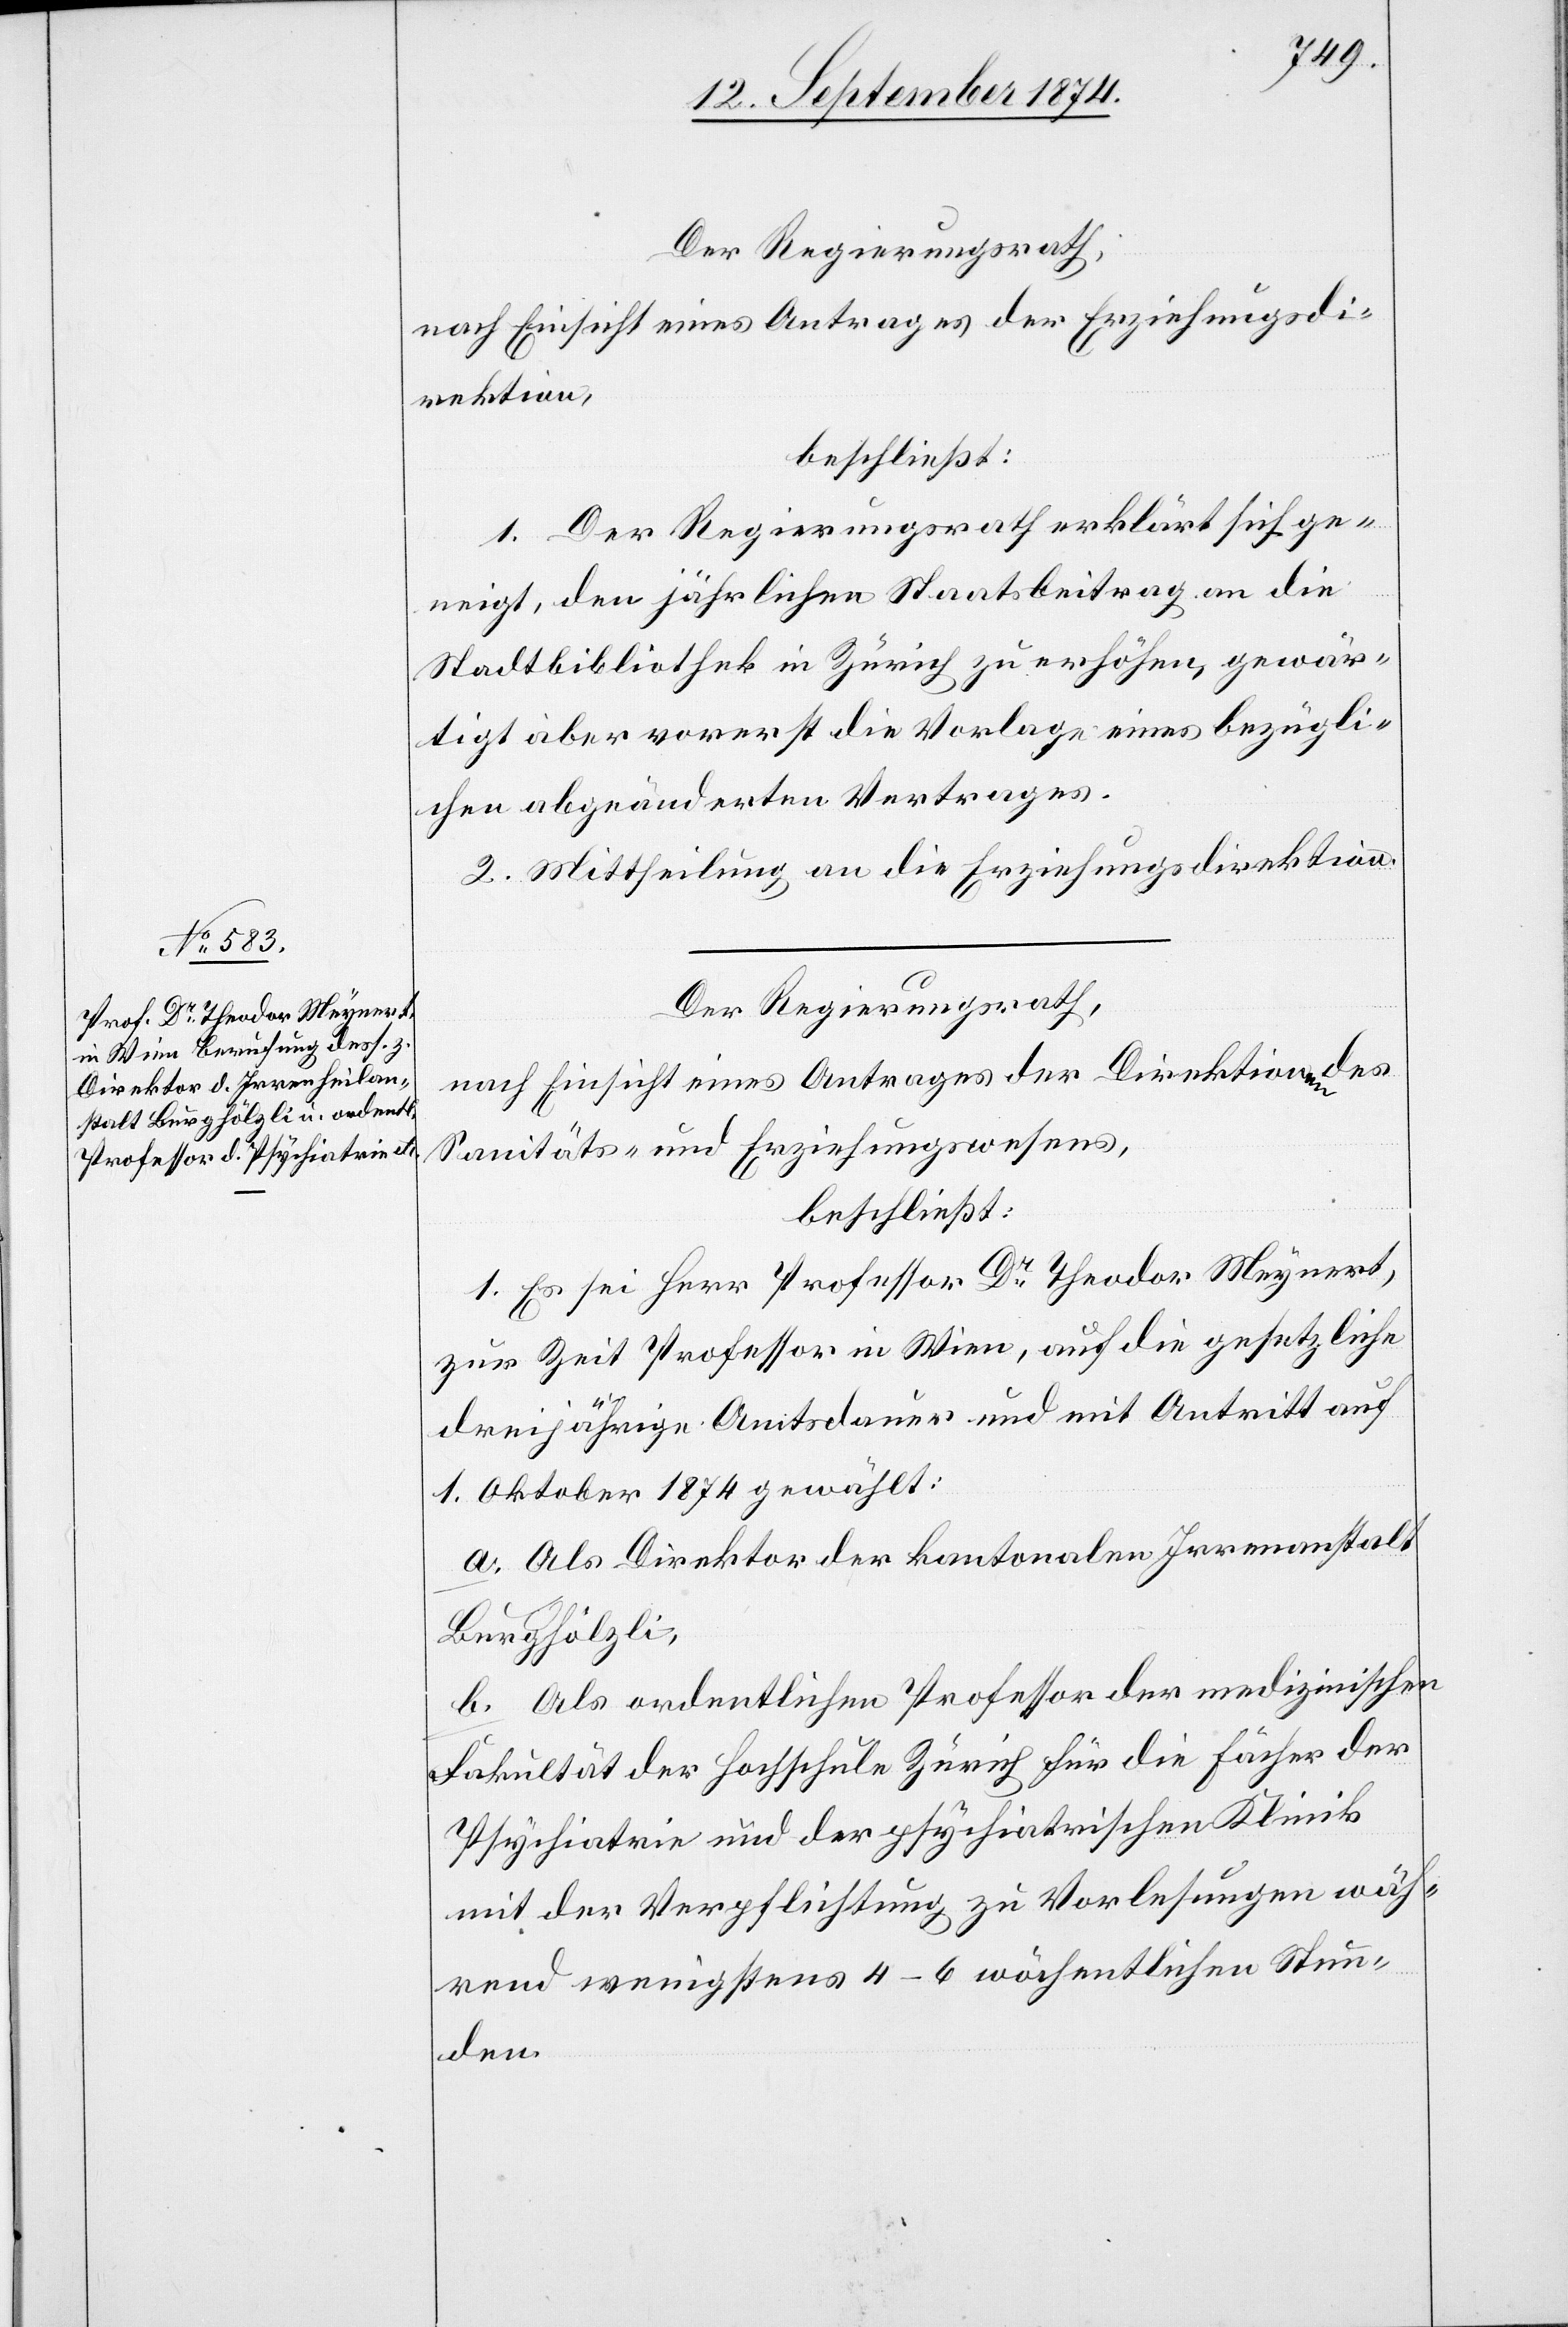
Der Regierungsrath,
nach Einsicht eines Antrages der Erziehungsdi¬
rektion,
beschließt:
1. Der Regierungsrath erklärt sich ge¬
neigt, den jährlichen Staatsbeitrag an die
Stadtbibliothek in Zürich zu erhöhen, gewär¬
tigt aber vorerst die Vorlage eines bezügli¬
chen abgeänderten Vertrages.
2. Mittheilung an die Erziehungsdirektion.
Der Regierungsrath,
nach Einsicht eines Antrages der Direktion des
Sanitäts- und Erziehungswesens,
beschließt:
1. Es sei Herr Professor Dr Theodor Meynert,
zur Zeit Professor in Wien, auf die gesetzliche
dreijährige Amtsdauer und mit Antritt auf
1. Oktober 1874 gewählt.
a. Als Direktor der kantonalen Irrenanstalt
Burghölzli,
b. Als ordentlichen Professor der medizinischen
Fakultät der Hochschule Zürich für die Fächer der
Psychiatrie und der psychiatrischen Klinik
mit der Verpflichtung zu Vorlesungen wäh¬
rend wenigstens 4–6 wöchentliche Stun¬
den.